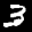
Label: 3